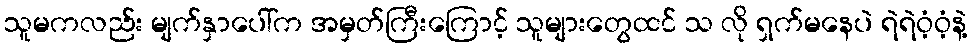
သူမကလည်း မျက်နှာပေါ်က အမှတ်ကြီးကြောင့် သူများတွေထင် သ လို ရှက်မနေပဲ ရဲရဲဝံ့ဝံ့နဲ့